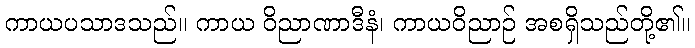
ကာယပသာဒသည်။ ကာယ ဝိညာဏာဒီနံ၊ ကာယဝိညာဉ် အစရှိသည်တို့၏။